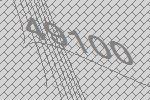
49100